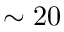
\sim 2 0